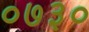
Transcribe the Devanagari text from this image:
०७३०